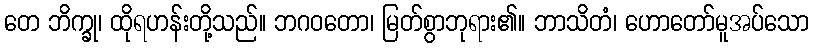
တေ ဘိက္ခု၊ ထိုရဟန်းတို့သည်။ ဘဂဝတော၊ မြတ်စွာဘုရား၏။ ဘာသိတံ၊ ဟောတော်မူအပ်သော